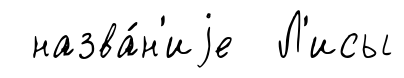
назва́н'иjе Л'исы